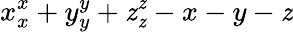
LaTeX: x_{x}^{x}+y_{y}^{y}+\mathit{z}_{\mathit{z}}^{\mathit{z}}-x-y-\mathit{z}